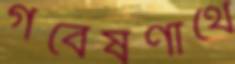
গবেষণার্থে